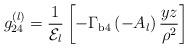
LaTeX: \begin{align*}g_{24}^{(l)}={\displaystyle \frac{1}{{\cal E}_l}}\left[{\displaystyle -\Gamma_{\rm{b4}}\left(-A_l\right)\frac{yz}{\rho^2}}\right]\end{align*}